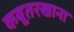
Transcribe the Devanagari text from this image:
कबूतरखाना